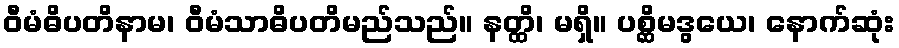
ဝီမံဓိပတိနာမ၊ ဝီမံသာဓိပတိမည်သည်။ နတ္ထိ၊ မရှိ။ ပစ္ဆိမဒွယေ၊ နောက်ဆုံး